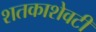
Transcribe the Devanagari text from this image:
शतकाशेवटी